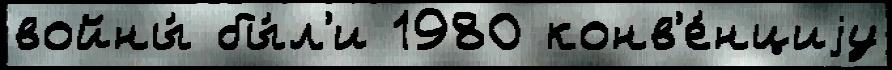
войны́ бы́л'и 1980 конв'е́нциjу